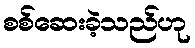
စစ်ဆေးခဲ့သည်ဟု